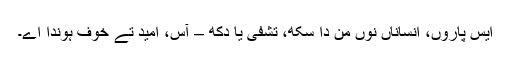
ایس پاروں، انساناں نوں من دا سکھ، تشفی یا دکھ – آس، امید تے خوف ہوندا اے۔